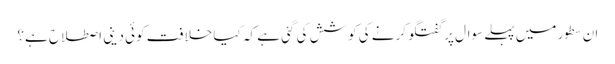
ان سطور میں پہلے سوال پر گفتگو کرنے کی کوشش کی گئی ہے کہ کیا خلافت کوئی دینی اصطلاح ہے؟